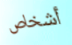
أشخاص